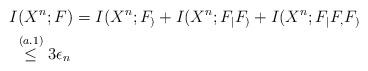
LaTeX: \begin{align*}&I(X^n;F) = I(X^n;F_)+I(X^n;F_|F_)+I(X^n;F_|F_,F_)\\&\;\overset{(a.1)}{\leq} 3\epsilon_n\end{align*}